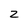
Character: 2